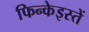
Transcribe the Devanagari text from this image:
फिन्केइस्तें